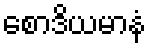
စောဒိယမာနံ